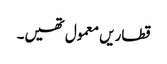
قطاریں معمول تھیں۔